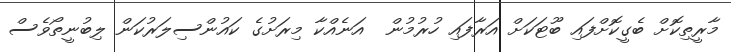
މާރީތިކޮށް ބެގީކޮށްފައި ބޫޓަކަށް އަރާފައި ހުރުމުން  އަނެއްކާ މިރަށުގެ ކައުންސިލަރުކަން ލިބުނީތޯވެސް